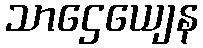
သာဌေယျေန